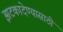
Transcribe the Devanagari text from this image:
झटकादेण्यासाठी